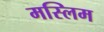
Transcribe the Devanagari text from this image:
मस्लिम